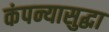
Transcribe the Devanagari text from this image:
कंपन्यासुद्धा